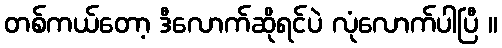
တစ်ကယ်တော့ ဒီလောက်ဆိုရင်ပဲ လုံလောက်ပါပြီ ။